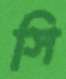
সি